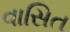
વાસિત